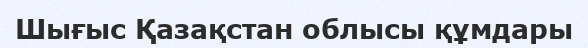
Шығыс Қазақстан облысы құмдары